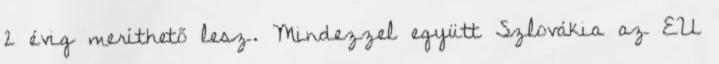
2 évig meríthető lesz. Mindezzel együtt Szlovákia az EU